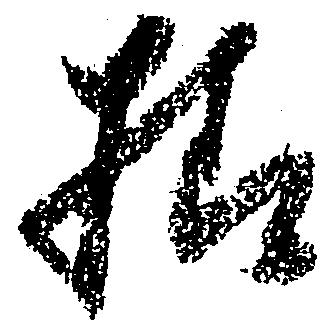
様